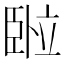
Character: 𬛦